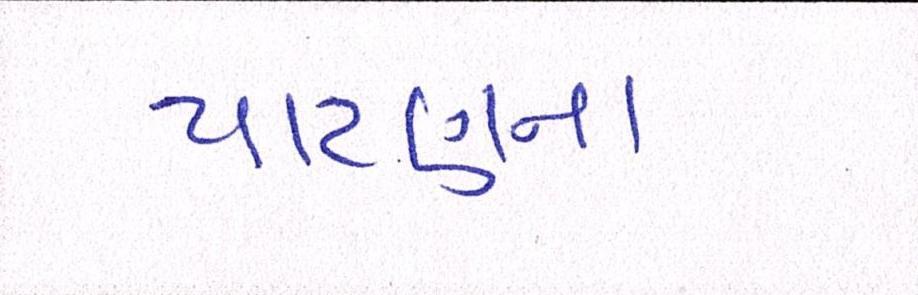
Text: પાટણના